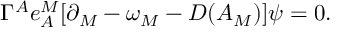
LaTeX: \Gamma ^ { A } e _ { A } ^ { M } [ \partial _ { M } - \omega _ { M } - { \cal D } ( A _ { M } ) ] \psi = 0 .